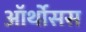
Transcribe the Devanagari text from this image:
ऑर्थोसस